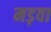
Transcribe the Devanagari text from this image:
मड़वा